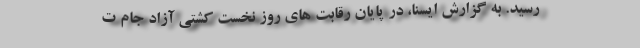
رسید. به گزارش ایسنا، در پایان رقابت های روز نخست کشتی آزاد جام ت